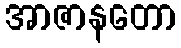
အာဇာနတော